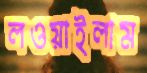
লওয়াইলাম